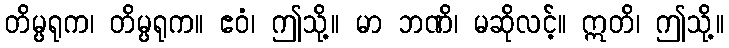
တိမ္ပရုက၊ တိမ္ပရုက။ ဧဝံ၊ ဤသို့။ မာ ဘဏိ၊ မဆိုလင့်။ ဣတိ၊ ဤသို့။